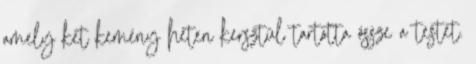
amely két kemény héten kersztül tartotta össze a testet.